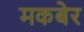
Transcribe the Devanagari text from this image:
मकबेर